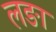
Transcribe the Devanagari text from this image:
लङा